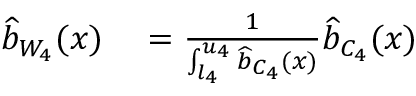
\begin{array} { r l } { \widehat { b } _ { W _ { 4 } } ( x ) } & { { } = \frac { 1 } { \int _ { l _ { 4 } } ^ { u _ { 4 } } \widehat { b } _ { C _ { 4 } } ( x ) } \widehat { b } _ { C _ { 4 } } ( x ) } \end{array}